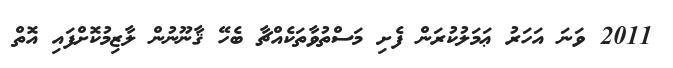
2011 ވަނަ އަހަރު ޢަމަލުކުރަން ފެށި މަސްތުވާތަކެއްޗާ ބެހޭ ޤާނޫނުން ލާޒިމުކޮށްފައި އޮތް